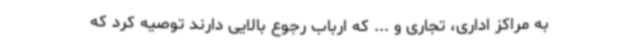
به مراکز اداری، تجاری و ... که ارباب رجوع بالایی دارند توصیه کرد که